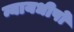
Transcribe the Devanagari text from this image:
न्यायधीषों